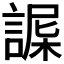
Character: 𧩴